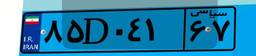
۸۵D۰۴۱۶۷